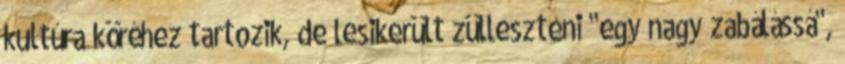
kultúra köréhez tartozik, de lesikerült zülleszteni "egy nagy zabálássá",